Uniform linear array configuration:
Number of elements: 64
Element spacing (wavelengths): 1
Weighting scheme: uniform
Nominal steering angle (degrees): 30
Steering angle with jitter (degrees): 29.189
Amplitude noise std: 0.05
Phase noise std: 0.05

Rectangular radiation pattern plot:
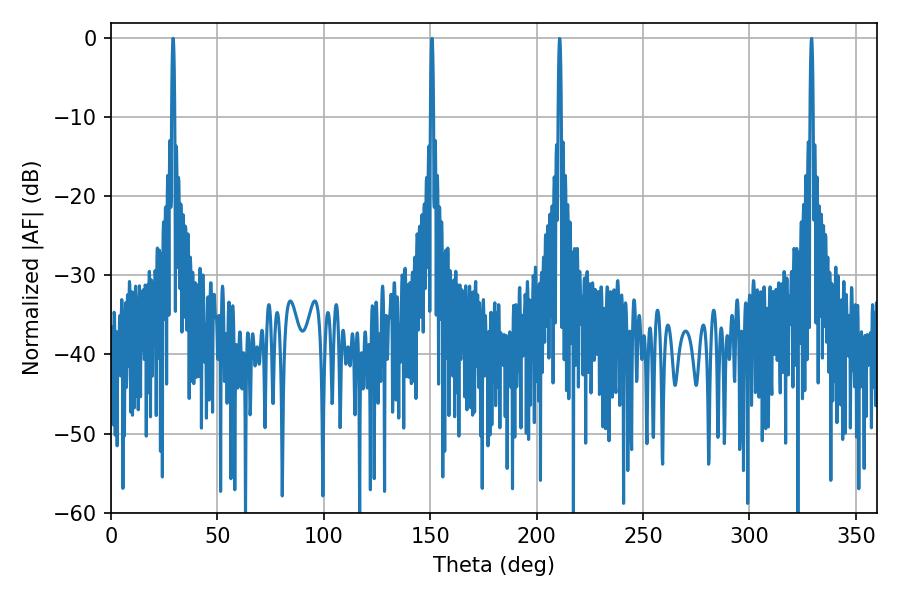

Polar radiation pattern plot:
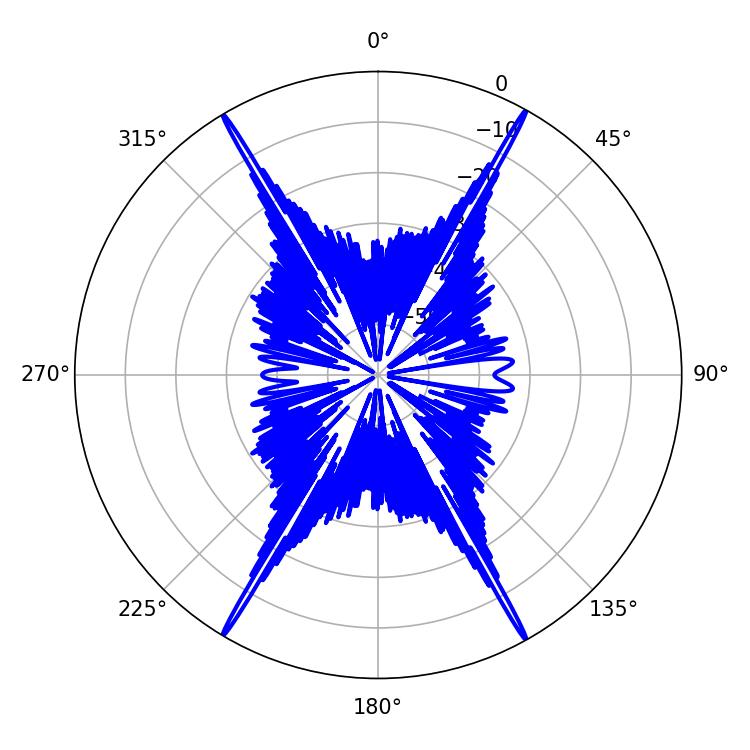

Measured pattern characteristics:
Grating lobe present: TRUE
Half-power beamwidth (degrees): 0.72
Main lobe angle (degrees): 29.16